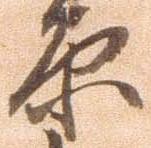
原